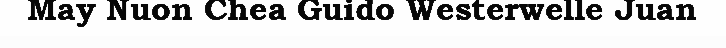
May Nuon Chea Guido Westerwelle Juan